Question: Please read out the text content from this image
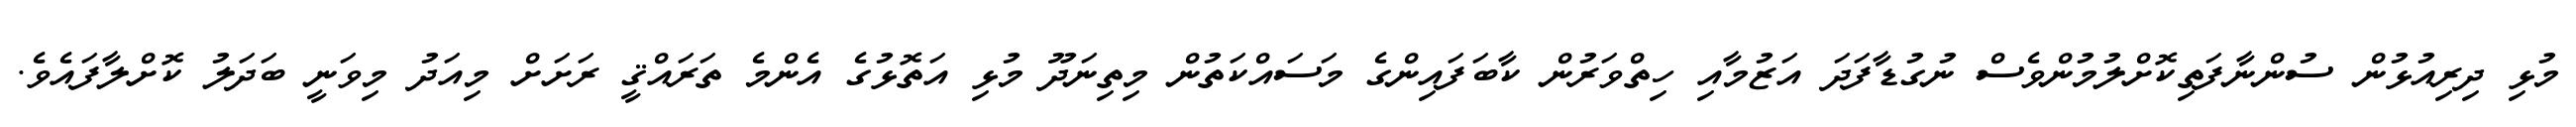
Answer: މުޅި ދިރިއުޅުން ސުންނާފަތިކޮށްލުމުންވެސް ނުގުޑާފަދަ އަޒުމާއި ހިތްވަރުން ކާބަފައިންގެ މަސައްކަތުން މިތިނަދޫ މުޅި އަތޮޅުގެ އެންމެ ތަރައްޤީ ރަށަށް މިއަދު މިވަނީ ބަދަލު ކޮށްލާފައެވެ.